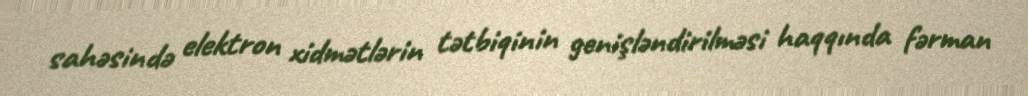
sahəsində elektron xidmətlərin tətbiqinin genişləndirilməsi haqqında fərman